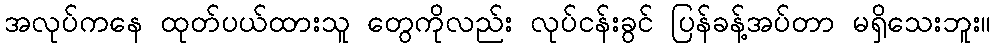
အလုပ်ကနေ ထုတ်ပယ်ထားသူ တွေကိုလည်း လုပ်ငန်းခွင် ပြန်ခန့်အပ်တာ မရှိသေးဘူး။